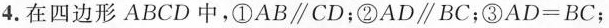
4.在四边形ABCD中，①AB\parallel CD；②AD\parallel BC；③$$A D = B C$$；